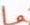
La